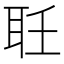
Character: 𦔽